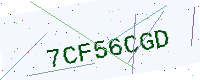
Text: 7CF56CGD